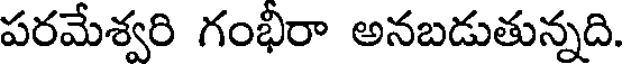
పరమేశ్వరి గంభిరా అనబడుతున్నది.